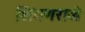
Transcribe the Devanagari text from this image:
शिंगणराजे